Veterinary [1916] -
Year: 1916
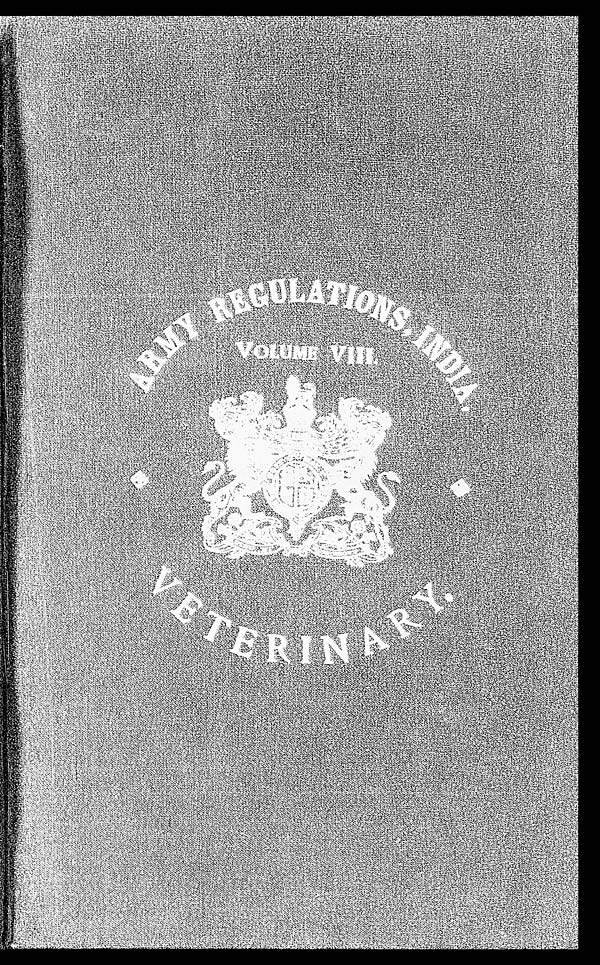
ARMY REGULATIONS,INDIA
VOLUME VIII.
VETERINARY